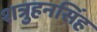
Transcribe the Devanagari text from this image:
शत्रुहनसिंह